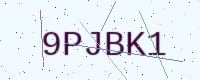
Text: 9PJBK1